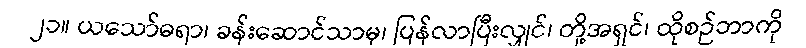
၂၁။ ယသော်ဓရာ၊ ခန်းဆောင်သာမှ၊ ပြန်လာပြီးလျှင်၊ တို့အရှင်၊ ထိုစဉ်ဘာကို